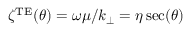
\zeta ^ { \mathrm { T E } } ( \theta ) = \omega \mu / k _ { \perp } = \eta \sec ( \theta )